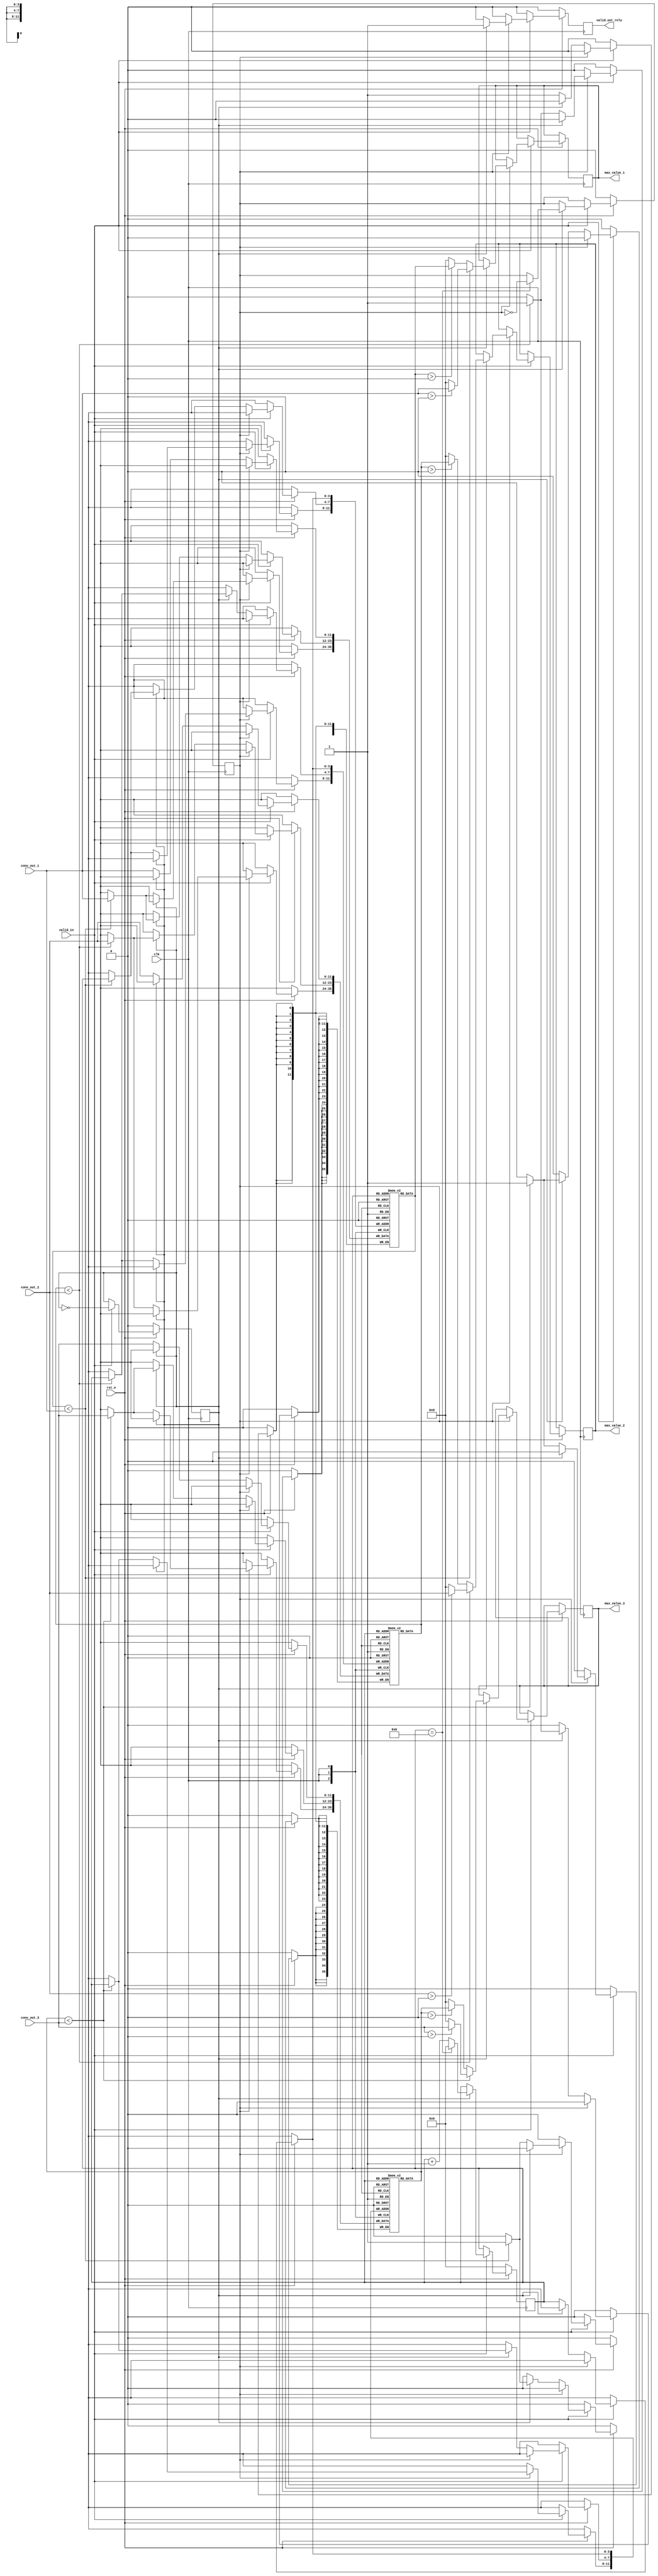
`timescale 1ns / 1ps

 //  Design     : (1) MaxPooling for CNN
 				//(2) Activation Function for CNN - ReLU Function

module maxpool_relu #(parameter CONV_BIT = 12, HALF_WIDTH = 12, HALF_HEIGHT = 12, HALF_WIDTH_BIT = 4) (
	input clk,
	input rst_n,	// asynchronous reset, active low
	input valid_in,
	input signed [CONV_BIT - 1 : 0] conv_out_1, conv_out_2, conv_out_3,
	output reg [CONV_BIT - 1 : 0] max_value_1, max_value_2, max_value_3,
	output reg valid_out_relu
);

reg signed [CONV_BIT - 1:0] buffer1 [0:HALF_WIDTH - 1];
reg signed [CONV_BIT - 1:0] buffer2 [0:HALF_WIDTH - 1];
reg signed [CONV_BIT - 1:0] buffer3 [0:HALF_WIDTH - 1];

reg [HALF_WIDTH_BIT - 1:0] pcount;
reg state;
reg flag;

always @(posedge clk) begin
	if(~rst_n) begin
		valid_out_relu <= 0;
		pcount <= 0;
		state <= 0;
		flag <= 0;
	    end 
	else begin

	if(valid_in == 1'b1) begin
		flag <= ~flag;
		
		if(flag == 1) begin
			pcount <= pcount + 1;
			if(pcount == HALF_WIDTH - 1) begin
				state <= ~state;
				pcount <= 0;
			    end
		    end

		if(state == 0) begin	// first line
			valid_out_relu <= 0;
			if(flag == 0) begin	// first input
				buffer1[pcount] <= conv_out_1;
				buffer2[pcount] <= conv_out_2;
				buffer3[pcount] <= conv_out_3;
			    end 
			else begin	// second input -> comparison
				if(buffer1[pcount] < conv_out_1)
					buffer1[pcount] <= conv_out_1;
				if(buffer2[pcount] < conv_out_2)
				    buffer2[pcount] <= conv_out_2;
				if(buffer3[pcount] < conv_out_3)
				    buffer3[pcount] <= conv_out_3;
			    end
		    end 
		else begin	// second line
			if(flag == 0) begin	// third input -> comparison
				valid_out_relu <= 0;
				if(buffer1[pcount] < conv_out_1)
				  buffer1[pcount] <= conv_out_1;
				if(buffer2[pcount] < conv_out_2)
				  buffer2[pcount] <= conv_out_2;
			    if(buffer3[pcount] < conv_out_3)
				  buffer3[pcount] <= conv_out_3;
			    end 
			else begin	// fourth input -> comparison + relu
				valid_out_relu <= 1;
				if(buffer1[pcount] < conv_out_1) begin
					if(conv_out_1 > 0)
						max_value_1 <= conv_out_1;
					else
						max_value_1 <= 0;
				    end 
				else begin
					if(buffer1[pcount] > 0)
						max_value_1 <= buffer1[pcount];
					else
						max_value_1 <= 0;				
				    end

				if(buffer2[pcount] < conv_out_2) begin
					if(conv_out_2 > 0)
						max_value_2 <= conv_out_2;
					else
						max_value_2 <= 0;
				    end 
				else begin
					if(buffer2[pcount] > 0)
						max_value_2 <= buffer2[pcount];
					else
						max_value_2 <= 0;
					end

				if(buffer3[pcount] < conv_out_3) begin
					if(conv_out_3 > 0)
						max_value_3 <= conv_out_3;
					else
						max_value_3 <= 0;
					end
				else begin
					if(buffer3[pcount] > 0)
						max_value_3 <= buffer3[pcount];
					else
						max_value_3 <= 0;
					end
					
			    end
		    end		
	    end
//	    end 
	else
		valid_out_relu <= 0;
    end
end
endmodule